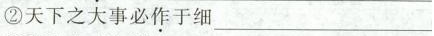
②天下之大事必\underset{·}{作}于细___